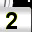
Digit: 2